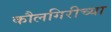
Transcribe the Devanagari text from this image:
कौलगिरीच्या